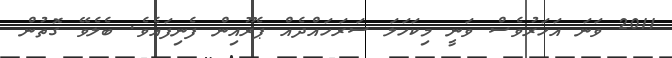
2011 ވަނަ އަހަރުވެސް ވަނީ މިކަހަލަ ސަރަހައްދެއް ޕެރޫއިން ފެނިފައެވެ. ބެލެވޭ ގޮތުން